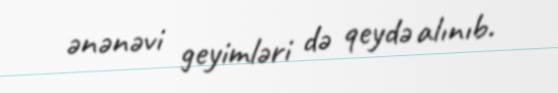
ənənəvi geyimləri də qeydə alınıb.